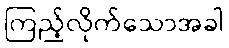
ကြည့်လိုက်သောအခါ